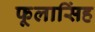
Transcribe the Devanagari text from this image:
फूलासिंह